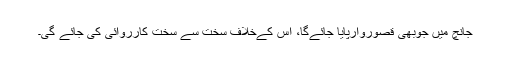
جانچ میں جوبھی قصوروارپایا جائےگا، اس کےخلاف سخت سے سخت کارروائی کی جائے گی۔